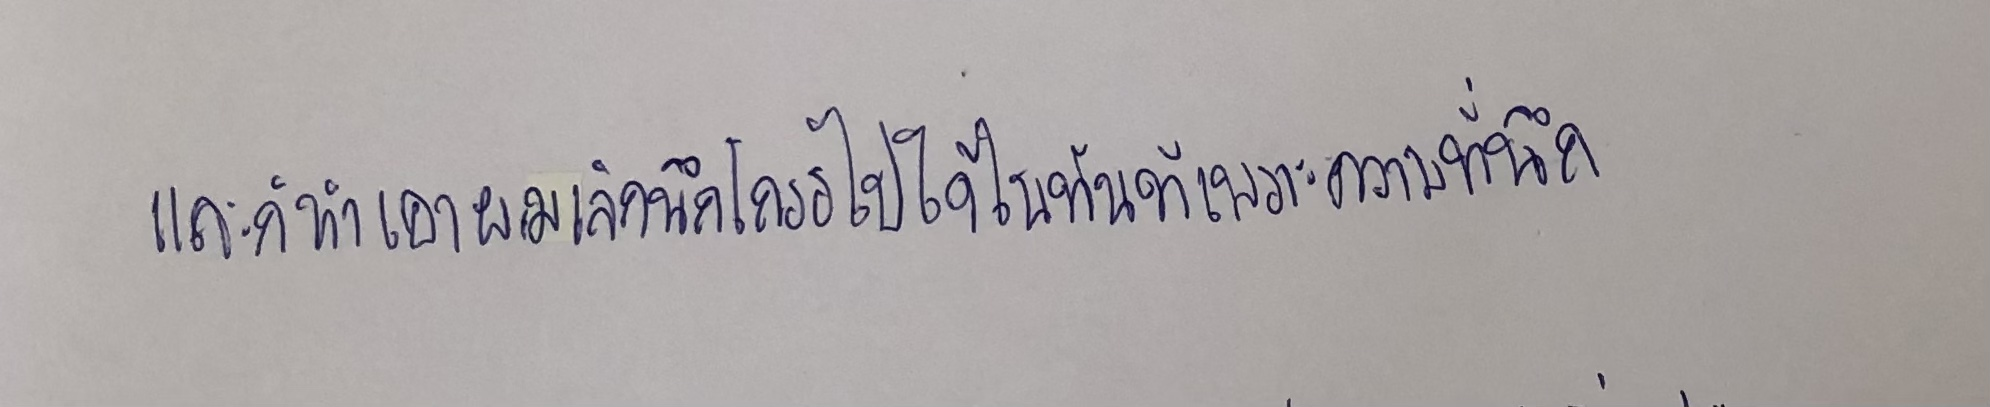
และก็ทำเอาผมเลิกนึกโกรธไปได้ในทันทีเพราะความที่นึก